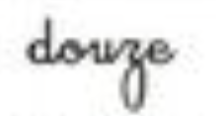
douze